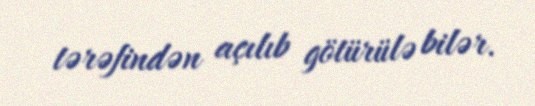
tərəfindən açılıb götürülə bilər.